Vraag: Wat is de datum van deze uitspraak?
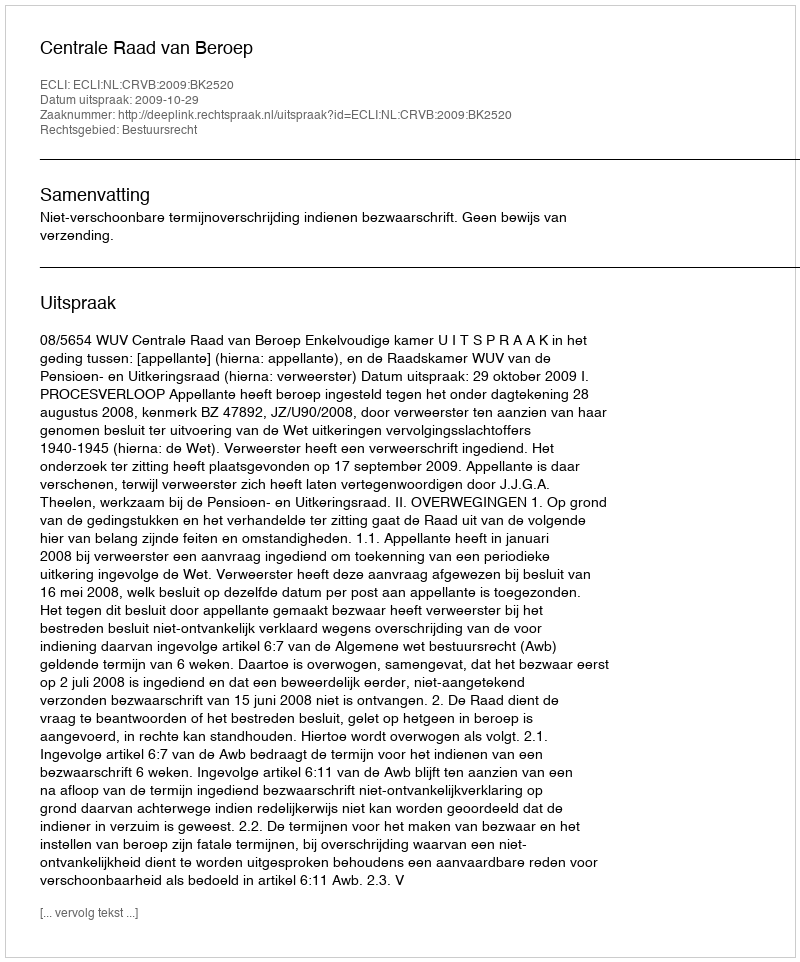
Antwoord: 2009-10-29